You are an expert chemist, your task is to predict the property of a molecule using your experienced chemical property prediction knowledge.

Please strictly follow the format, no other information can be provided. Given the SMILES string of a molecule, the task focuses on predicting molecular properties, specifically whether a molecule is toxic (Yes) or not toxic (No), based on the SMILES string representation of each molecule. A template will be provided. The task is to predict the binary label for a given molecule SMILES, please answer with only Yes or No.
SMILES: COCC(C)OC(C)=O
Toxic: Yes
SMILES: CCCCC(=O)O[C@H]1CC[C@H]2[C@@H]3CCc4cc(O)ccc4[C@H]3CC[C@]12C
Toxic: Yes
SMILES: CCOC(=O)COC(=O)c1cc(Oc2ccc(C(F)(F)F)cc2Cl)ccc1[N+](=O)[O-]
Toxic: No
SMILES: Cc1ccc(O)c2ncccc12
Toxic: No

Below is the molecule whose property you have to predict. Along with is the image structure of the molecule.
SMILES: CC(=O)O[C@@H]1CC2C3CCc4cc(OC(=O)c5ccccc5)ccc4C3CCC2(C)[C@H]1OC(C)=O
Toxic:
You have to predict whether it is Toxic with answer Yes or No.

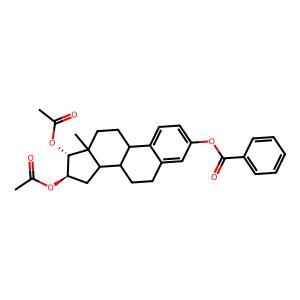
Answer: No